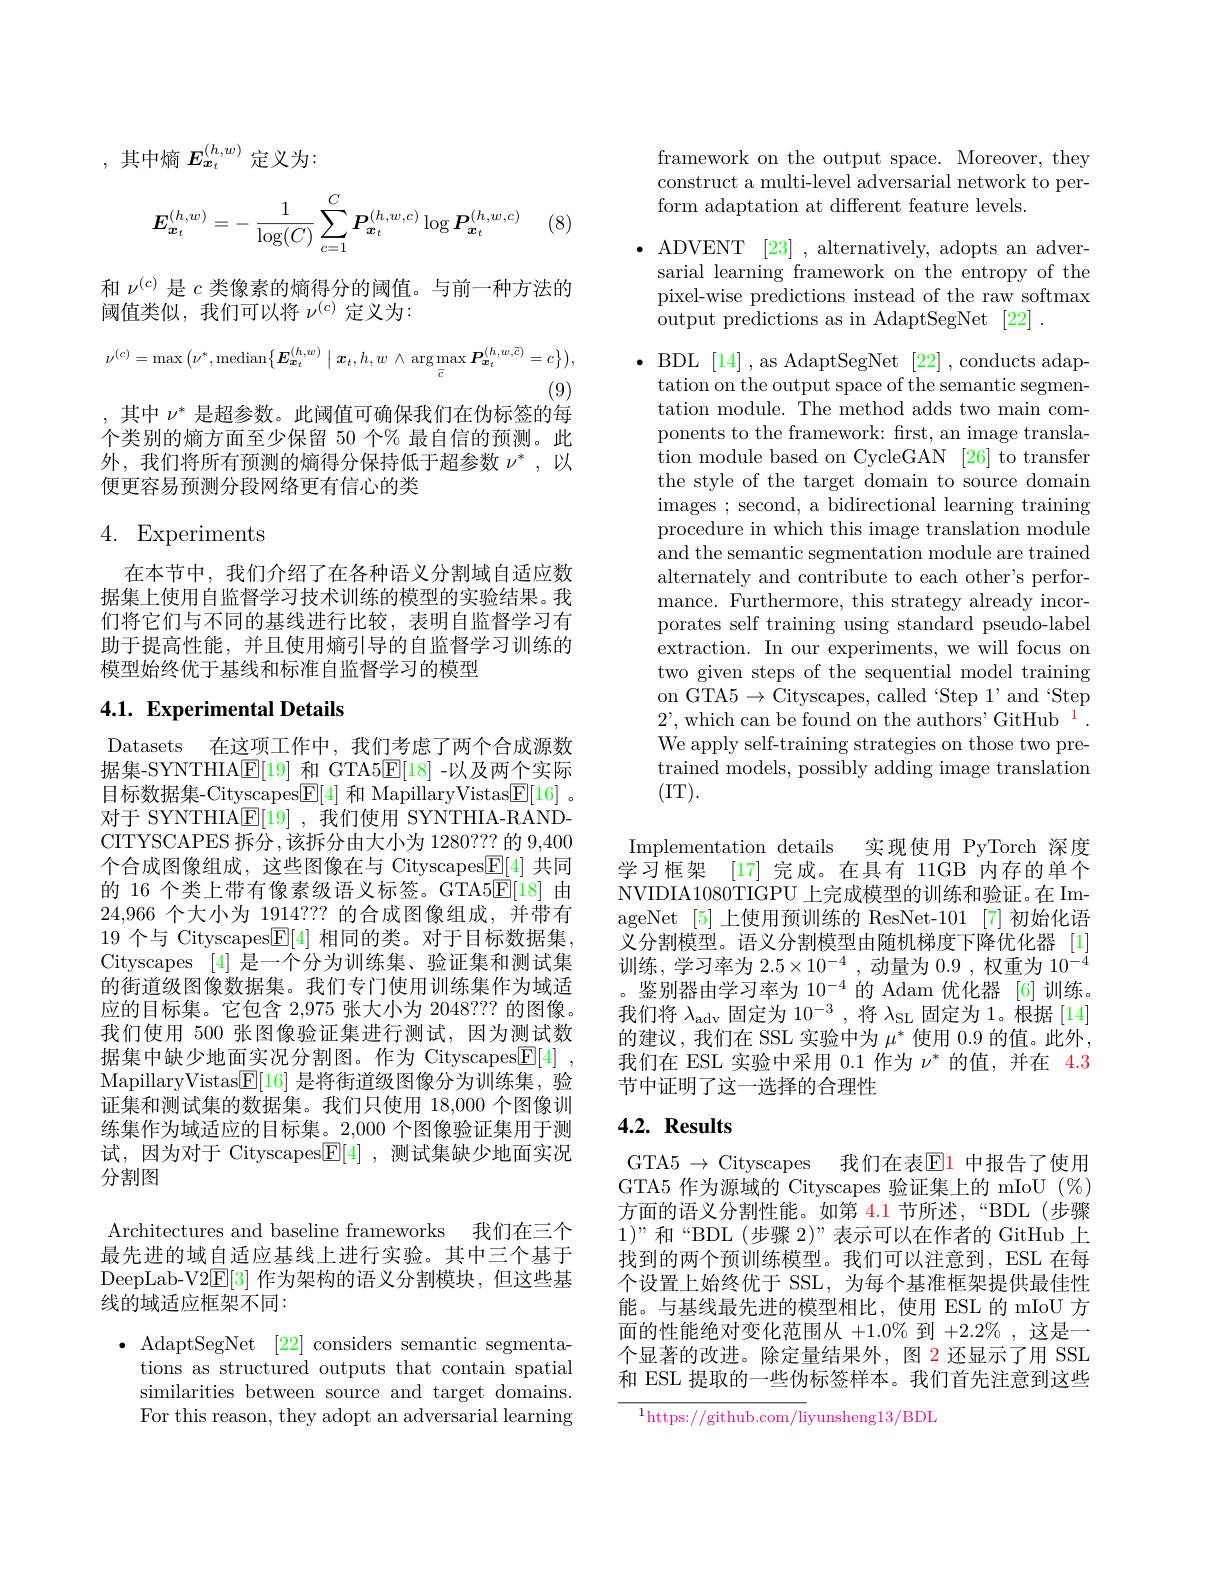
,其中熵$E_{x_t}^{(h,w)}$定义为：
$$\boldsymbol{E}_{\boldsymbol{x}_t}^{(h,w)}=-\:\frac{1}{\log(C)}\sum_{c=1}^{C}P_{\boldsymbol{x}_t}^{(h,w,c)}\log P_{\boldsymbol{x}_t}^{(h,w,c)}$$
(8)

和$\nu^{(c)}$是$c$类像素的熵得分的阈值。与前一种方法的
阈值类似，我们可以将$\nu^(c)$定义为：
$$\nu^{(c)}=\max\left(\nu^{*},\mathrm{median}\big\{\boldsymbol{E}_{\boldsymbol{x}_{t}}^{(h,w)}\:\big|\:\boldsymbol{x}_{t},h,w\:\wedge\:\mathrm{arg}\operatorname*{max}_{\overline{c}}\boldsymbol{P}_{\boldsymbol{x}_{t}}^{(h,w,\overline{c})}=c\big\}\right),$$
(9)

,其中$\nu^*$是超参数。此阈值可确保我们在伪标签的每个类别的熵方面至少保留 50 个% 最自信的预测。此外，我们将所有预测的熵得分保持低于超参数$\nu^*$,以便更容易预测分段网络更有信心的类

## 4. Experiments

在本节中，我们介绍了在各种语义分割域自适应数据集上使用自监督学习技术训练的模型的实验结果。我们将它们与不同的基线进行比较，表明自监督学习有助于提高性能，并且使用熵引导的自监督学习训练的模型始终优于基线和标准自监督学习的模型

## 4.1. Experimental Details

Datasets 在这项工作中，我们考虑了两个合成源数据集-SYNTHIA$\boxed{\mathbb{F}}[19]$和 GTA5$\boxed{\mathbb{F}}[18]$ -以及两个实际目标数据集-Cityscapes$\boxed{\mathbb{E}}[4]$和 MapillaryVistas$\boxed{\mathbb{F}}[16]$ 。对于 SYNTHIA$\underline{\mathrm{E}}[19]$ ,我们使用 SYNTHIA-RANDCITYSCAPES 拆分，该拆分由大小为 1280??? 的 9,400个合成图像组成，这些图像在与 Cityscapes$\boxed{\mathrm{F}}[4]$共同的 16 个类上带有像素级语义标签。GTA5$\mathbb{E}[18]$由24,966个大小为 1914??? 的合成图像组成，并带有19 个与 Cityscapes$\mathbb{E}[4]$相同的类。对于目标数据集， Cityscapes [4]是一个分为训练集、验证集和测试集的街道级图像数据集。我们专门使用训练集作为域适应的目标集。它包含 2,975 张大小为 2048??? 的图像。我们使用 500 张图像验证集进行测试，因为测试数据集中缺少地面实况分割图。作为 Cityscapes$\underline{\mathrm{E}}[4]$ MapillaryVistas$\underline {\mathrm{E} }[ 16]$是将街道级图像分为训练集，验证集和测试集的数据集。我们只使用 18,000 个图像训练集作为域适应的目标集。2,000 个图像验证集用于测试，因为对于 Cityscapes$\boxed{\mathrm{F} }[ 4]$ ,测试集缺少地面实况分割图

Architectures and baseline frameworks 我们在三个最先进的域自适应基线上进行实验。其中三个基于DeepLab-V2$\underline{\mathrm{E}}[3]$作为架构的语义分割模块，但这些基线的域适应框架不同：

$\bullet$ AdaptSegNet [22] considers semantic segmenta-
tions as structured outputs that contain spatial similarities between source and target domains. For this reason, they adopt an adversarial learning

framework on the output space. Moreover, they construct a multi-level adversarial network to perform adaptation at different feature levels.

$\bullet$ ADVENT [23] , alternatively, adopts an adver-
sarial learning framework on the entropy of the pixel-wise predictions instead of the raw softmax output predictions as in AdaptSegNet [22] .

$\bullet$ BDL [14],as AdaptSegNet[22],conducts adaptation on the output space of the semantic segmentation module. The method adds two main components to the framework: first, an image translation module based on CycleGAN [26] to transfer the style of the target domain to source domain images ; second, a bidirectional learning training procedure in which this image translation module and the semantic segmentation module are trained alternately and contribute to each other's performance. Furthermore, this strategy already incorporates self training using standard pseudo-label extraction. In our experiments, we will focus on two given steps of the sequential model training on GTA$5\to$Cityscapes, called‘Step 1’and‘Step $2’$,which can be found on the authors' GitHub$^{\color{red}{1}}.$ We apply self-training strategies on those two pretrained models, possibly adding image translation (IT).

Implementation details 实现使用 PyTorch 深度学习框架 [17] 完成。在具有 11GB 内存的单个NVIDIA1080TIGPU 上完成模型的训练和验证。在 ImageNet [5]上使用预训练的 ResNet-101[7]初始化语义分割模型。语义分割模型由随机梯度下降优化器 [1] 训练，学习率为$2.5\times10^-4$,动量为0.9,权重为$10^-4$ 。鉴别器由学习率为$10^{-4}$的 Adam 优化器 [6]训练。我们将$\lambda_\mathrm{adv}$固定为 10$^-3$,将$\lambda_\mathrm{SL}$固定为 1。根据 [14] 的建议，我们在 SSL 实验中为$\mu^*$使用 0.9 的值。此外， 我们在 ESL 实验中采用 0.1 作为$\nu^*$的值，并在 4.3节中证明了这一选择的合理性

## $4. 2. \textbf{Results}$

GTA5 $\to$Cityscapes 我们在表$\color{red}{\mathrm{E1}}$ 中报告了使用GTA5 作为源域的 Cityscapes 验证集上的 mIoU $(\%)$ 方面的语义分割性能。如第 4.1 节所述，“BDL(步骤$1)”$和“BDL(步骤 2)”表示可以在作者的 GitHub上找到的两个预训练模型。我们可以注意到，ESL 在每个设置上始终优于 SSL, 为每个基准框架提供最佳性能。与基线最先进的模型相比，使用 ESL 的 mIoU 方面的性能绝对变化范围从$+1.0\%$到$+2.2\%$,这是一个显著的改进。除定量结果外，图 2 还显示了用 SSL 和 ESL 提取的一些伪标签样本。我们首先注意到这些

$^{1}$https://github.com/liyunsheng13/BDL